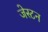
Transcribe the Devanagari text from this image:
जेस्टन